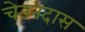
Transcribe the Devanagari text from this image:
चेतनदास